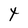
Character: t